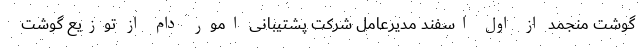
گوشت منجمد از اول اسفند مدیرعامل شرکت پشتیبانی امور دام از توزیع گوشت